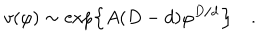
LaTeX: v ( \varphi ) \sim \exp \left\{ A ( D - d ) \varphi ^ { D / d } \right\} \quad .